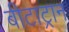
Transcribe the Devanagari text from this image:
बीटाट्रान